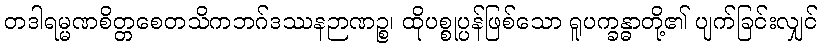
တဒါရမ္မဏစိတ္တစေတသိကဘဂ်ဒဿနဉာဏဉ္စ၊ ထိုပစ္စုပ္ပန်ဖြစ်သော ရူပက္ခန္ဓာတို့၏ ပျက်ခြင်းလျှင်